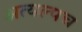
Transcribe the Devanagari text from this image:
अत्यल्पच